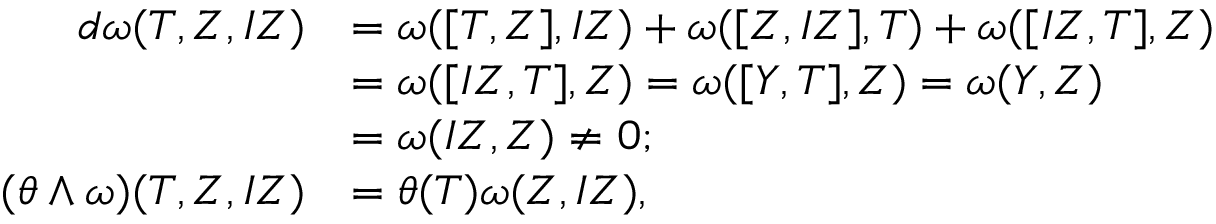
\begin{array} { r l } { d \omega ( T , Z , I Z ) } & { = \omega ( [ T , Z ] , I Z ) + \omega ( [ Z , I Z ] , T ) + \omega ( [ I Z , T ] , Z ) } \\ & { = \omega ( [ I Z , T ] , Z ) = \omega ( [ Y , T ] , Z ) = \omega ( Y , Z ) } \\ & { = \omega ( I Z , Z ) \neq 0 ; } \\ { ( \theta \wedge \omega ) ( T , Z , I Z ) } & { = \theta ( T ) \omega ( Z , I Z ) , } \end{array}